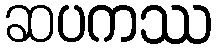
ဆပကဿ